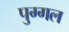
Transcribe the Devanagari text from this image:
पुग्गल